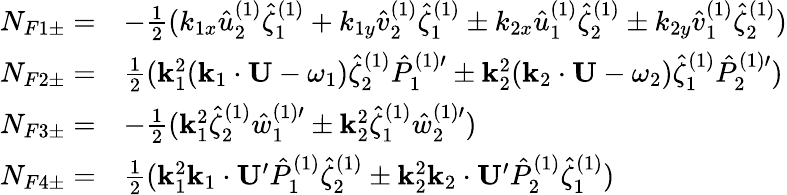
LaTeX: \begin{array}{rl}{N_{F1\pm}=}&{-{\textstyle\frac 12}(k_{1x}\hat{u}_{2}^{(1)}\hat{\zeta}_{1}^{(1)}+k_{1y}\hat{v}_{2}^{(1)}\hat{\zeta}_{1}^{(1)}\pm k_{2x}\hat{u}_{1}^{(1)}\hat{\zeta}_{2}^{(1)}\pm k_{2y}\hat{v}_{1}^{(1)}\hat{\zeta}_{2}^{(1)})}\\ {N_{F2\pm}=}&{{\textstyle\frac 12}(\mathbf{k}_{1}^{2}(\mathbf{k}_{1}\cdot\mathbf{U}-\omega_{1})\hat{\zeta}_{2}^{(1)}{\hat{P}_{1}^{(1)\prime}}\pm\mathbf{k}_{2}^{2}(\mathbf{k}_{2}\cdot\mathbf{U}-\omega_{2})\hat{\zeta}_{1}^{(1)}{\hat{P}_{2}^{(1)\prime}})}\\ {N_{F3\pm}=}&{-{\textstyle\frac 12}(\mathbf{k}_{1}^{2}\hat{\zeta}_{2}^{(1)}{\hat{w}_{1}^{(1)\prime}}\pm\mathbf{k}_{2}^{2}\hat{\zeta}_{1}^{(1)}{\hat{w}_{2}^{(1)\prime}})}\\ {N_{F4\pm}=}&{{\textstyle\frac 12}(\mathbf{k}_{1}^{2}\mathbf{k}_{1}\cdot\mathbf{U}^{\prime}\hat{P}_{1}^{(1)}\hat{\zeta}_{2}^{(1)}\pm\mathbf{k}_{2}^{2}\mathbf{k}_{2}\cdot\mathbf{U}^{\prime}\hat{P}_{2}^{(1)}\hat{\zeta}_{1}^{(1)})}\end{array}